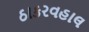
ઠાકરવહાલ